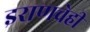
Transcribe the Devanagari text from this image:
इराणचेही